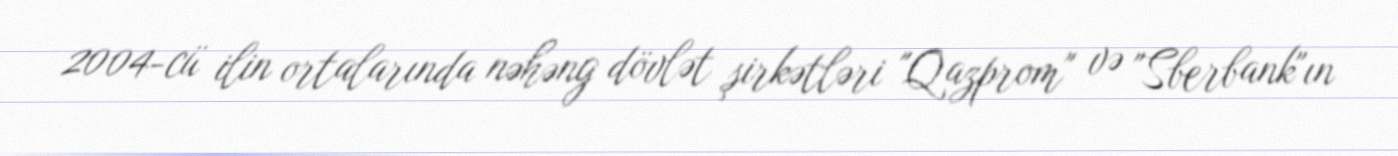
2004-cü ilin ortalarında nəhəng dövlət şirkətləri "Qazprom" və "Sberbank"ın